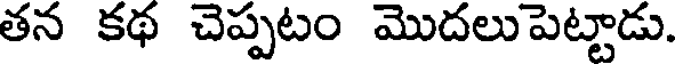
తన కథ చెప్పటం మొదలుపెట్టాడు.